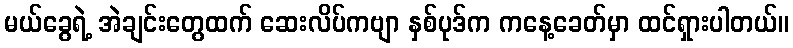
မယ်ခွေရဲ့ အဲချင်းတွေထက် ဆေးလိပ်ကဗျာ နှစ်ပုဒ်က ကနေ့ခေတ်မှာ ထင်ရှားပါတယ်။